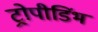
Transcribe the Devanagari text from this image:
ट्रोपीडिंभ